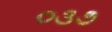
૦૩૭